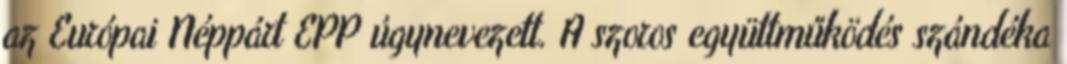
az Európai Néppárt EPP úgynevezett. A szoros együttműködés szándéka